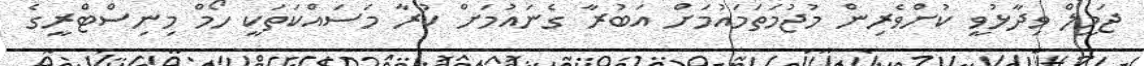
ޖަމީލް ވިދާޅުވީ ކުށްވެރިން މުޖުމަތަމައުމަށް އަބުރާ ގެނައުމަށް ކުރާ މަސައްކަތަކީ ހޯމް މިނިސްޓްރީގެ